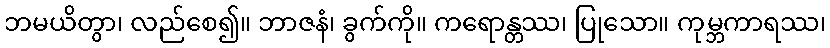
ဘမယိတွာ၊ လည်စေ၍။ ဘာဇနံ၊ ခွက်ကို။ ကရောန္တဿ၊ ပြုသော။ ကုမ္ဘကာရဿ၊